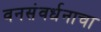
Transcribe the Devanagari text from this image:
वनसंवर्धनाचा